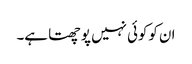
ان کوکوئی نہیں پوچھتا ہے۔